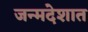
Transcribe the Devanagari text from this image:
जन्मदेशात